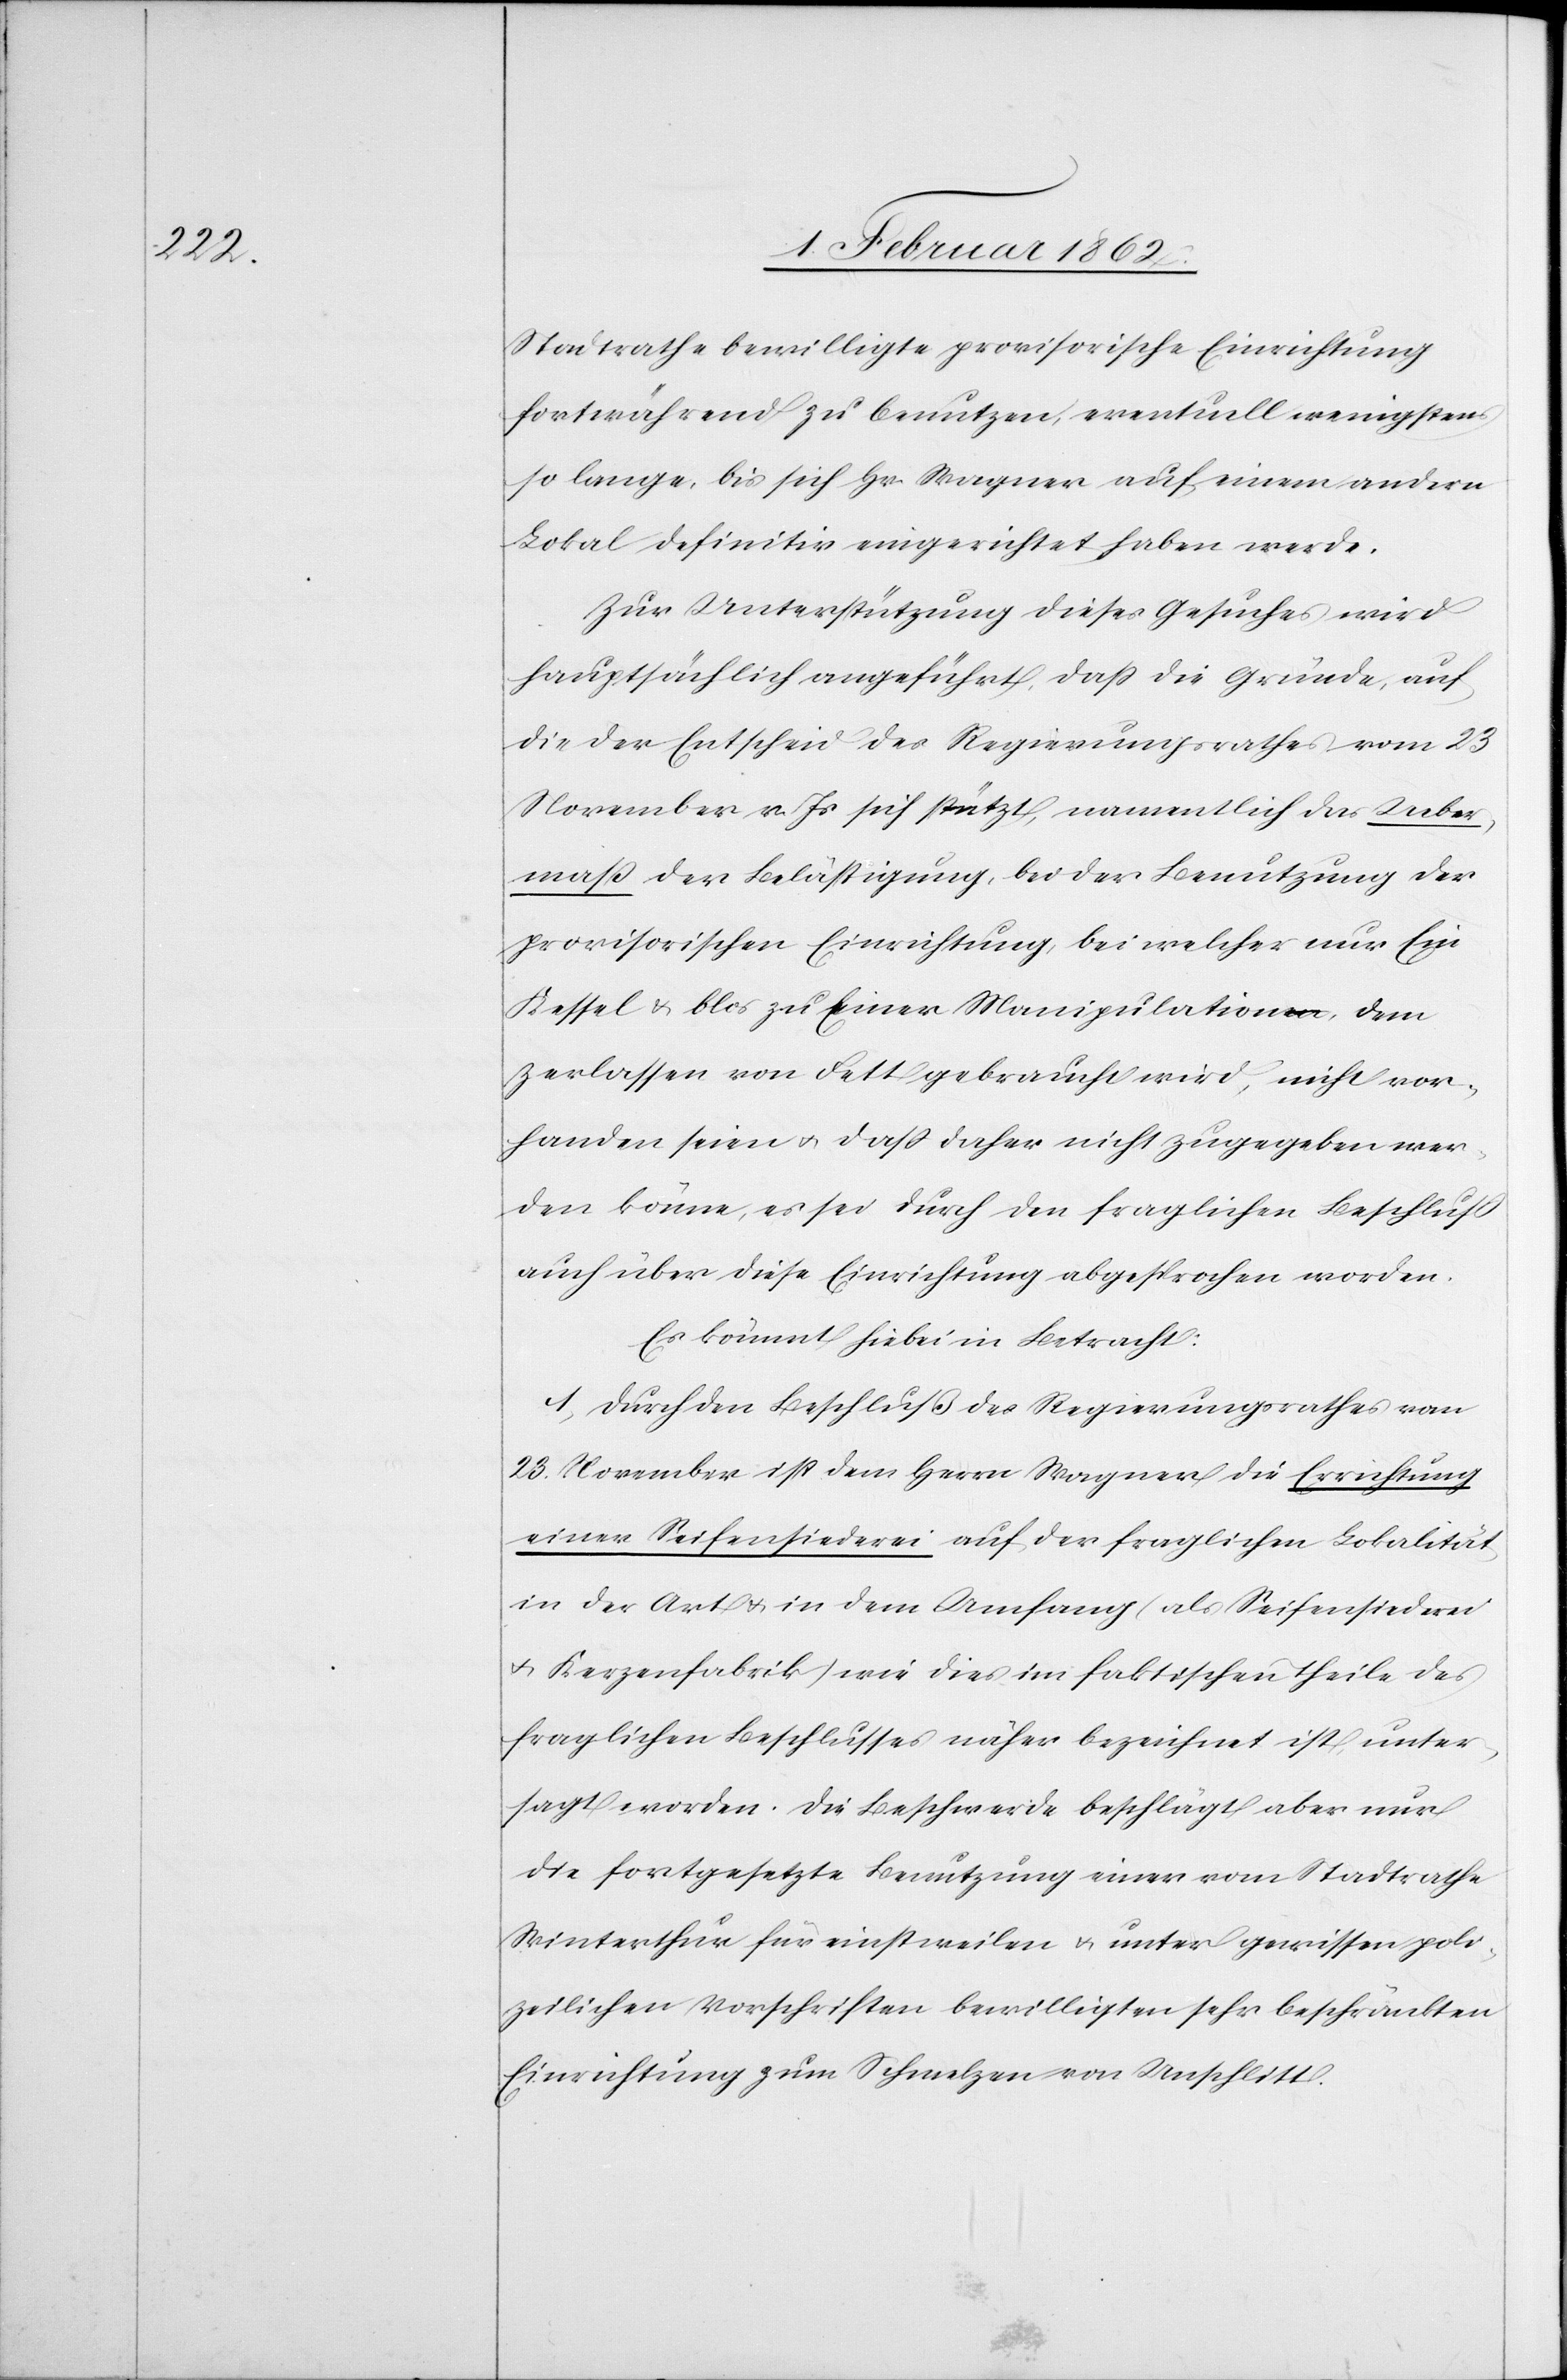
Stadtrathe bewilligte provisorische Einrichtung
fortwährend zu benutzen, eventuell wenigstens
so lange, bis sich Hr. Wagner auf einem andern
Lokal definitiv eingerichtet haben werde.
Zur Unterstützung dieses Gesuches wird
hauptsächlich angeführt, daß die Gründe, auf
die der Entscheid des Regierungsrathes vom 23
November v. Js sich stützt, namentlich das Ueber¬
maß der Belästigung, bei der Benutzung der
provisorischen Einrichtung, bei welcher nur Ein
Kessel & blos zu Einer Manipulation, dem
Zerlassen von Fett gebraucht wird, nicht vor¬
handen seien u. daß daher nicht zugegeben wer¬
den könne, es sei durch den fraglichen Beschluß
auch über diese Einrichtung abgesprochen worden.
Es kömmt hiebei in Betracht:
1. Durch den Beschluß des Regierungsrathes vom
23. November ist dem Herrn Wagner die Errichtung
einer Seifensiederei auf der fraglichen Lokalität
in der Art u. in dem Umfang (als Seifensiederei
u. Kerzenfabrik) wie dies im faktischen Theile des
fraglichen Beschlusses näher bezeichnet ist, unter¬
sagt worden. Die Beschwerde beschlägt aber nur
die fortgesetzte Benutzung einer vom Stadtrathe
Winterthur für einstweilen u. unter gewissen poli¬
zeilichen Vorschriften bewilligten sehr beschränkten
Einrichtung zum Schmelzen von Unschlitt.